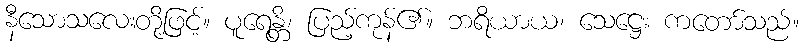
နီသောသလေးတို့ဖြင့်။ ပူရေန္တိ၊ ပြည့်ကုန်၏။ ဘရိယာယ၊ သေဋ္ဌေး ကတော်သည်။